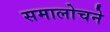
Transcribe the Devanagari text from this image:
समालोचने